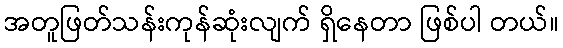
အတူဖြတ်သန်းကုန်ဆုံးလျက် ရှိနေတာ ဖြစ်ပါ တယ်။